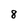
Character: 8